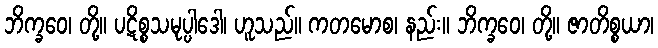
ဘိက္ခဝေ၊ တို့။ ပဋိစ္စသမုပ္ပါဒေါ၊ ဟူသည်။ ကတမောစ၊ နည်း။ ဘိက္ခဝေ၊ တို့။ ဇာတိစ္စယာ၊